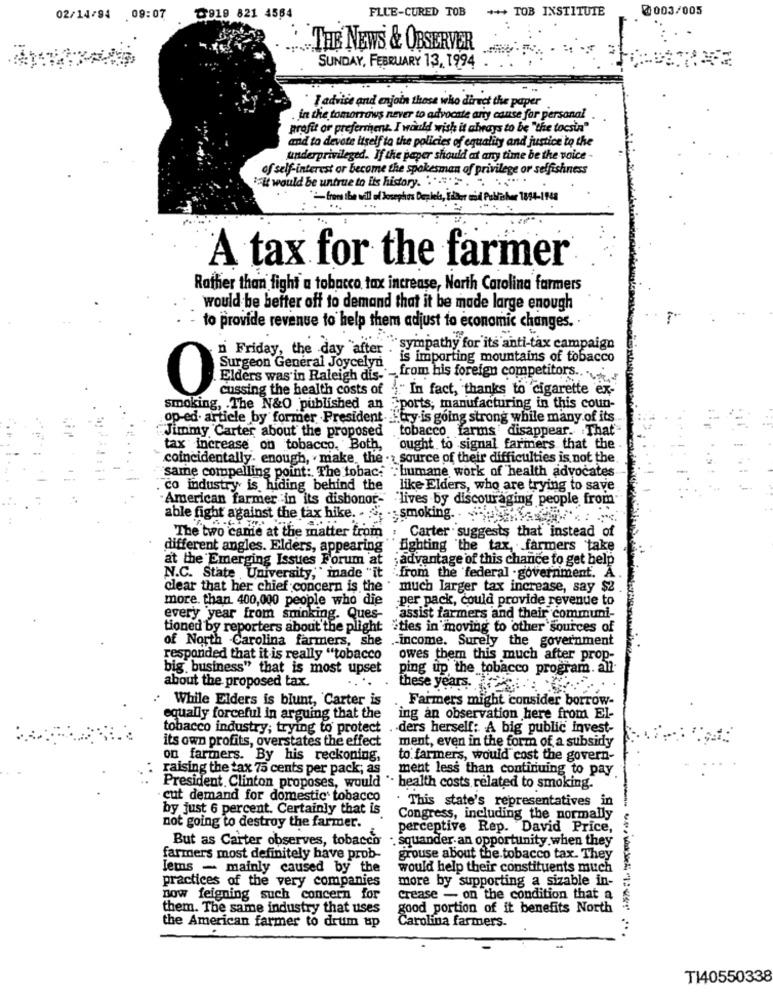
*** TOB INSTITUTE
@003/005
02/14/94 09:07
@919 821 4564
FLUE-CURED TOB
THE NEWS & OBSERVER
SUNDAY, FEBRUARY 13, 1994
I advise and enjoin those who direct the paper.
in the tomorrows never to advocate any cause for personal
profit or preferment. I would wish it always to be " the tocsin"
and to devote itself to the policies of equality and justice to the
underprivileged. If the paper should at any time be the voice -
of self-interest or become the spokesman of privilege or selfishness
"it would be untrue to its history. .... . . .
" from the will of Josephos Depleks, Biber and Publisher 1894-1948
A tax for the farmer
Rather than fight a tobacco tax increase, North Carolina farmers
would be better off to demand that it be made large enough
to provide revenue to help them adjust to economic changes.
Friday, the day after ."
sympathy for its anti-tax campaign
is importing mountains of tobacco
Surgeon General Joycelyn.
Elders was in Raleigh dis .- from his foreign competitors ...
0
cussing the health costs of "" In fact, thanks to cigarette ex-
smoking, . The N&O published an Sports; manufacturing in this coun-
op-ed. article by former President-"ry.is going strong while many of its
Jimmy Carter about the proposed tobacco farms' disappear. That"
tax increase on tobacco. Both, ought to signal farmers that the .
coincidentally. enough, . make, the . source of their difficulties is not the
same compelling point: The tobac: : humane work of health advocates
co industry is hiding behind the like Elders, who are trying to save
American farmer in its dishonor- lives by discouraging people from
able fight against the tax hike. . .. .. smoking.
The two came at the matter
matter from : Carter suggests that instead of
different angles. Elders, appearing " fighting the tax, farmers take
at the Emerging Issues Forum at ;advantage of this chance to get help
N.C. State University," made "it from the federal government. A.
clear that her chief concern is the . much larger tax increase, say $2
more. than 400,000 people who die
per pack, could provide revenue to
every year from smoking. Ques-
`assist farmers and their communi-
tioned by reporters about the plight
"ties in moving to other sources of
of North Carolina farmers, she .- income. Surely the government
responded that it is really "tobacco
owes them this much after prop-
big business" that is most upset
ping up the tobacco program. all
about the proposed tax.
these years.
While Elders is blunt, Carter is
Farmers might consider borrow-
equally forceful in arguing that the
ing an observation here from El-
tobacco industry; trying to protect
ders herself: A big public invest-
its own profits, overstates the effect
ment, even in the form of a subsidy
on farmers. By his reckoning,
to farmers, would cost the govern-
raising the tax 75 cents per pack; as
ment less than continuing to pay
President Clinton proposes, would ". health costs related to smoking.
cut demand for domestic tobacco
. This state's representatives in
by just 6 percent. Certainly that is
Congress, including the normally
not going to destroy the farmer.
perceptive Rep. David Price,
But as Carter observes, tobacco
squander an opportunity when they
farmers most definitely have prob-
grouse about the tobacco tax. They
Jems - mainly caused by the
would help their constituents much
practices of the very companies
more by supporting a sizable in-
now feigning such concern for
crease - on the condition that a
them. The same industry that uses
good portion of it benefits North
the American farmer to drum up
Carolina farmers.
T140550338